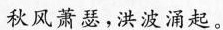
秋风萧瑟，洪波涌起。